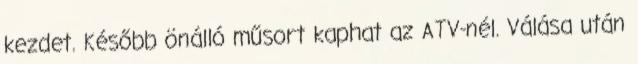
kez­det. Ké­sőbb ön­álló mű­sort kap­hat az ATV-nél. Válása után